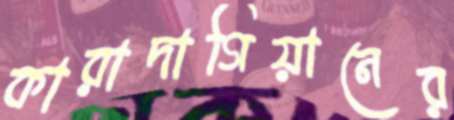
কারাদাগিয়ানের